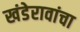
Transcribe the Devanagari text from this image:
खंडेरावांचा